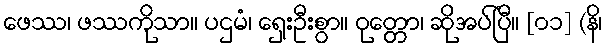
ဖေဿ၊ ဖဿကိုသာ။ ပဌမံ၊ ရှေးဦးစွာ။ ဝုတ္တော၊ ဆိုအပ်ပြီ။ [၀၁] (နိ၊